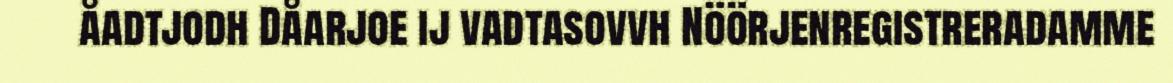
åadtjodh Dåarjoe ij vadtasovvh Nöörjenregistreradamme